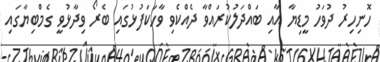
ހޮނިހިރު ދުވަހު މީޑިޔާ އާއި ބައްދަލުކުރައްވާ ދެއްކެވި ވާހަކަފުޅުގައި ބެރޯ ވިދާޅުވީ ގެމްބިޔާގައި